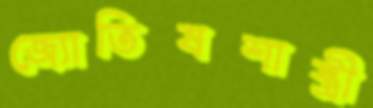
জ্যোতিষশাস্ত্রী